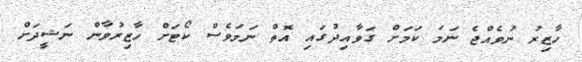
ހާޒިރު ނުވެއްޖެ ނަމަ ކަމަށް ގަވާއިދުގައި އޮތް ނަމަވެސް ކޯޓަށް ހާޒިރުވާން ނަޝީދަށް